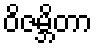
ဝိဇမ္ဘိတာ